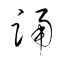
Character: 踊